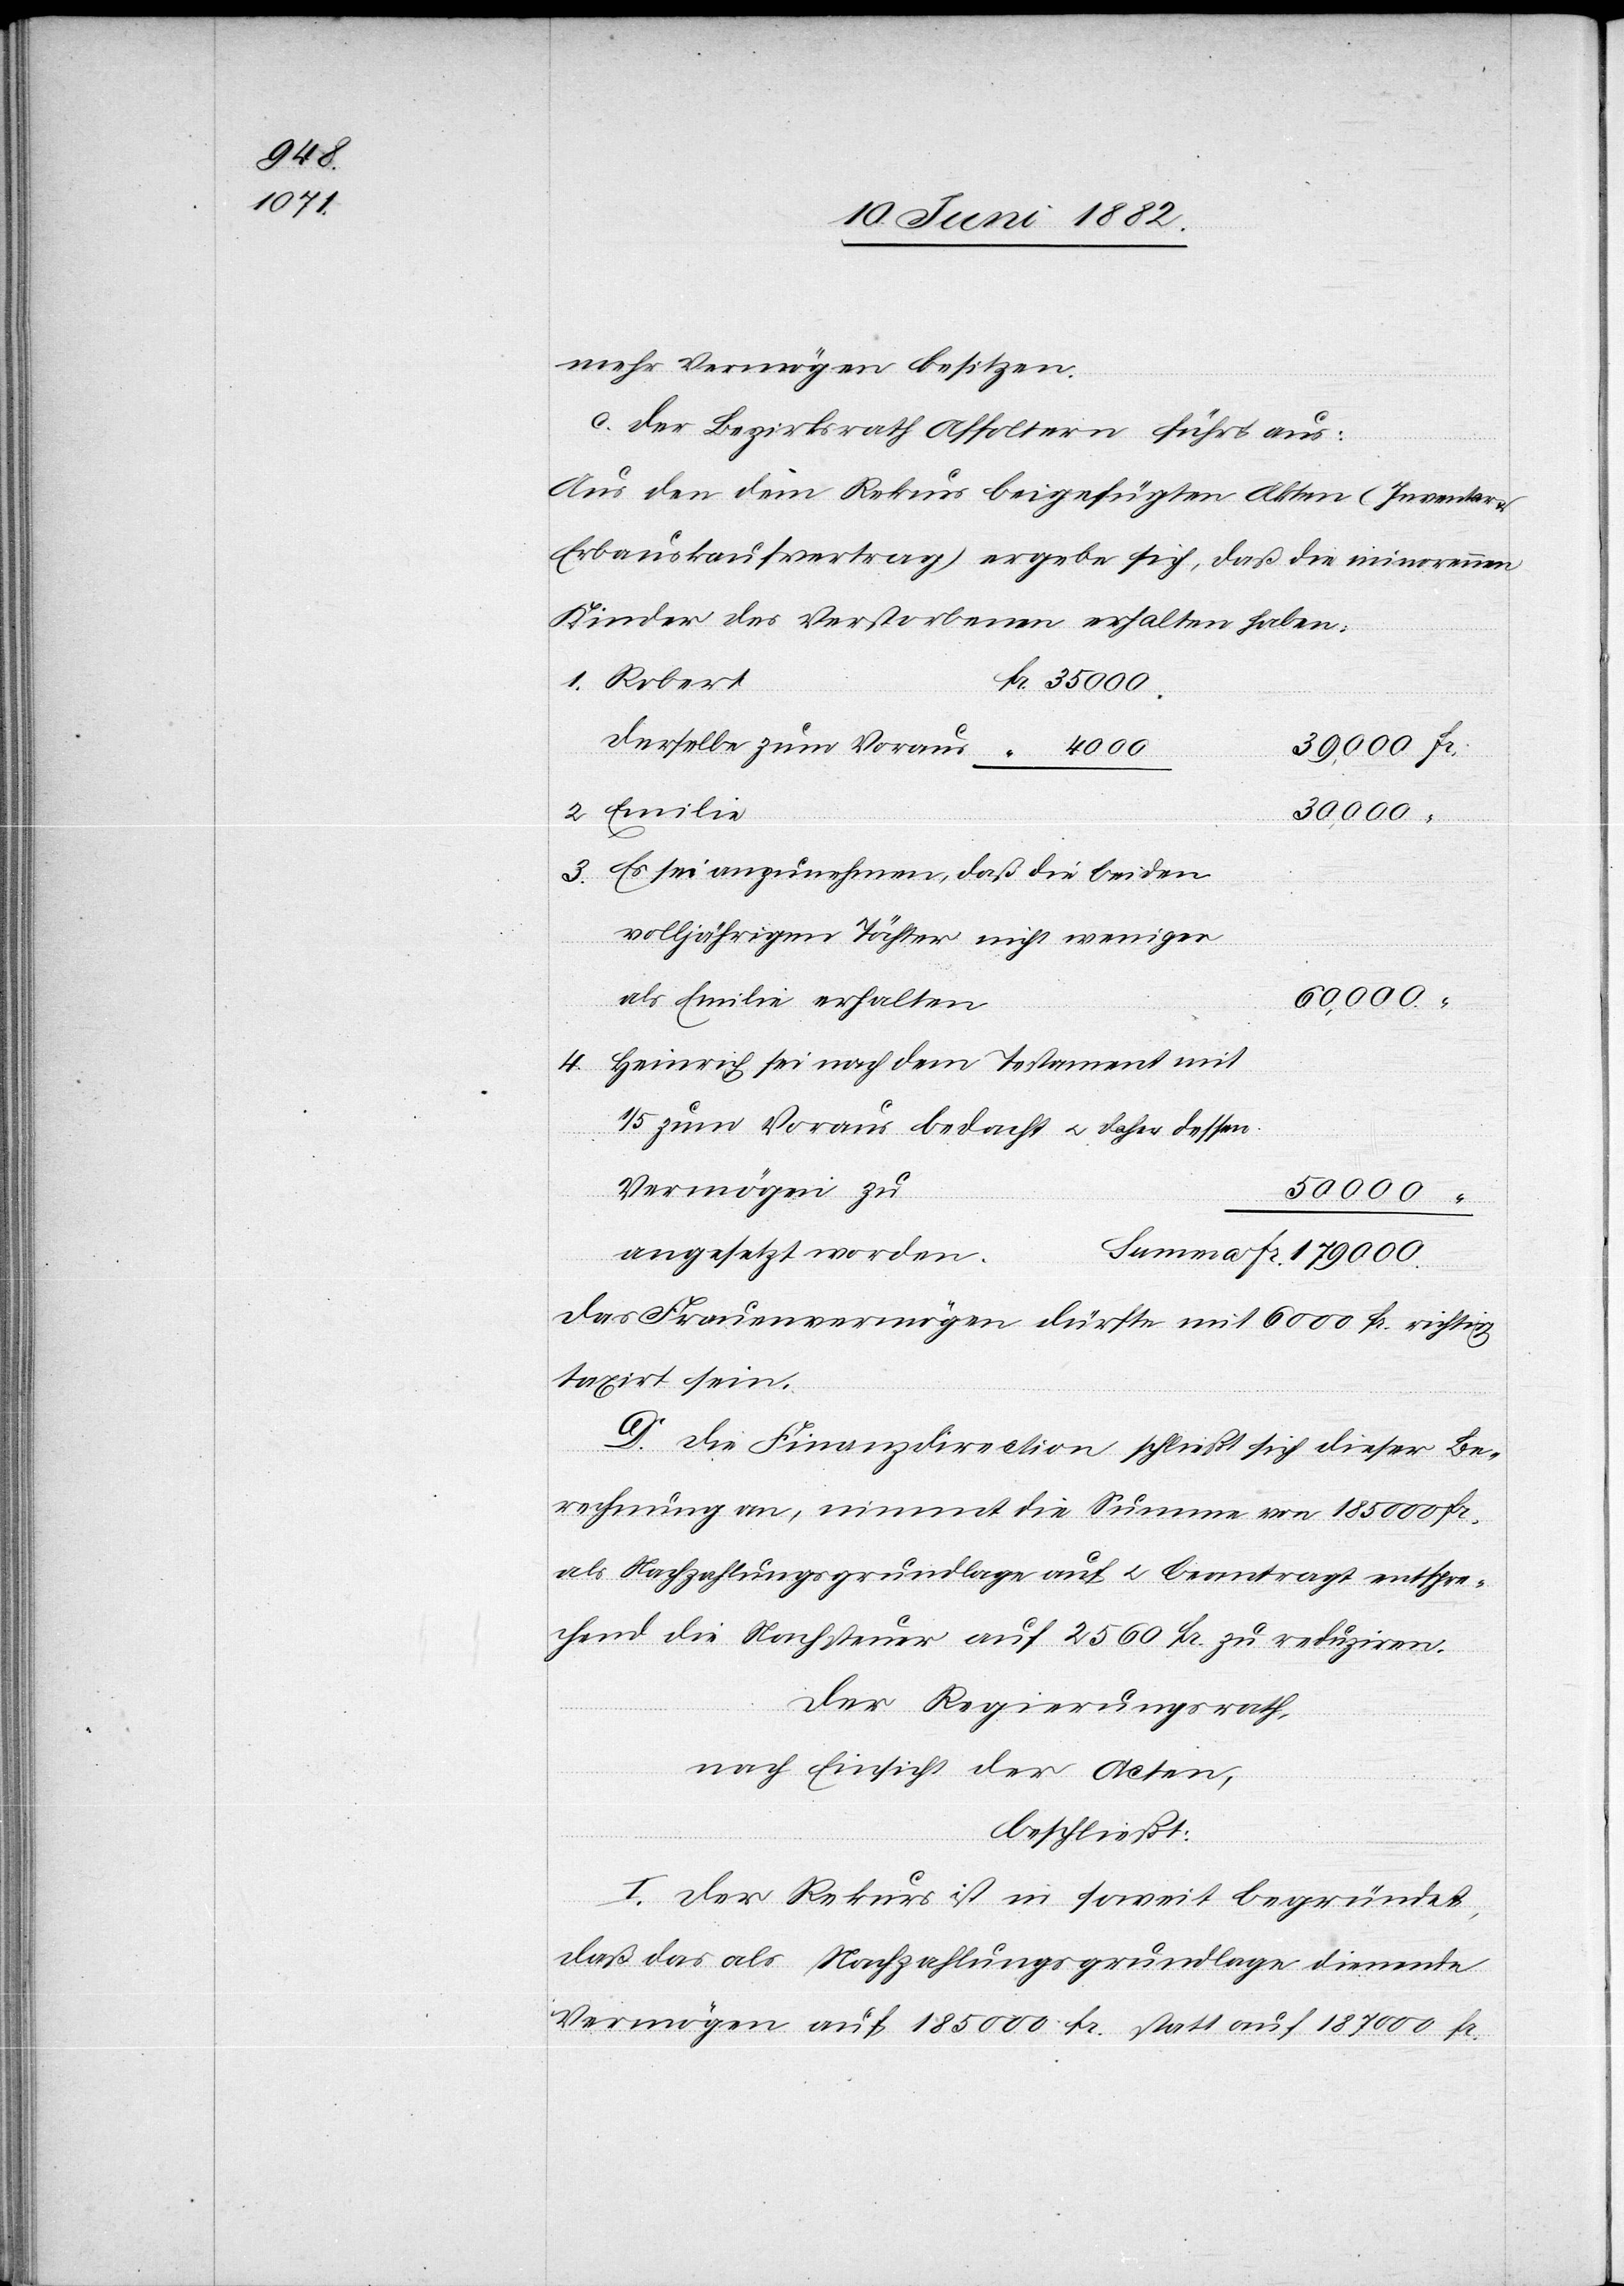
4.
2.

mehr Vermögen besitzen.
C. Der Bezirksrath Affoltern führt aus:
Aus den dem Rekurs beigefügten Akten (Inventar
Erbauskaufsvertrag) ergebe sich, daß die minorennen
Kinder des Verstorbenen erhalten haben:
derselbe zum Voraus
30,000
Es sei anzunehmen, daß die beiden
volljährigen Töchter nicht weniger
60,000
als Emilie erhalten
Heinrich sei nach dem Testament mit
1/5 zum Voraus bedacht u. daher dessen
Vermögen zu
50,000
angesetzt worden
Das Frauenvermögen dürfte mit 6000 Fr. richtig
taxirt sein.
D. Die Finanzdirection schließt sich dieser Be¬
rechnung an, nimmt die Summe von 185 000 Fr.
als Nachzahlungsgrundlage auf u. beantragt entspre¬
chend die Nachsteuer auf 2560 Fr. zu reduziren.
Der Regierungsrath,
nach Einsicht der Acten,
beschließt:
I. Der Rekurs ist in soweit begründet,
daß das als Nachzahlungsgrundlage dienende
Vermögen auf 185 000 Fr. statt auf 187 000 Fr.